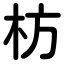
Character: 枋